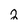
Character: 2